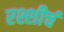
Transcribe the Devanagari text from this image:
रश्शीचं